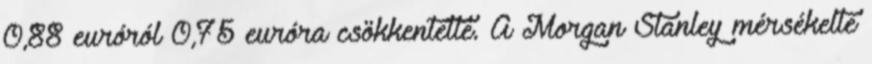
0,88 euróról 0,75 euróra csökkentette. A Morgan Stanley mérsékelte